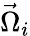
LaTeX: \vec{\Omega}_{i}